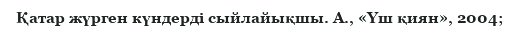
Қатар жүрген күндерді сыйлайықшы. А., «Үш қиян», 2004;